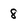
Character: 8